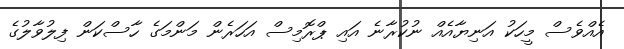
އެއްވެސް މީހަކު އަނިޔާއެއް ނުކުރާނެ އައި ޕްރޮމިސް އަހަރެން މަންމަގެ ހާސްކަން ފިލުވާލުގެ